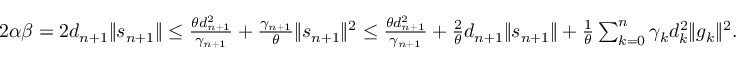
\begin{array} { r } { 2 \alpha \beta = 2 d _ { n + 1 } \| s _ { n + 1 } \| \le \frac { \theta d _ { n + 1 } ^ { 2 } } { \gamma _ { n + 1 } } + \frac { \gamma _ { n + 1 } } { \theta } \| s _ { n + 1 } \| ^ { 2 } \le \frac { \theta d _ { n + 1 } ^ { 2 } } { \gamma _ { n + 1 } } + \frac { 2 } { \theta } d _ { n + 1 } \| s _ { n + 1 } \| + \frac { 1 } { \theta } \sum _ { k = 0 } ^ { n } \gamma _ { k } d _ { k } ^ { 2 } \| g _ { k } \| ^ { 2 } . } \end{array}